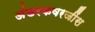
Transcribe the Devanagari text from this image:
अंडरकवरजींस